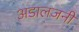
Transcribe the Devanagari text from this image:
अडालजनी